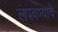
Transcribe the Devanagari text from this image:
लपवण्याचे